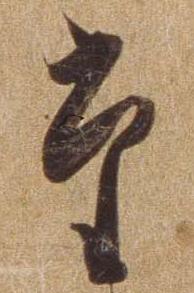
た